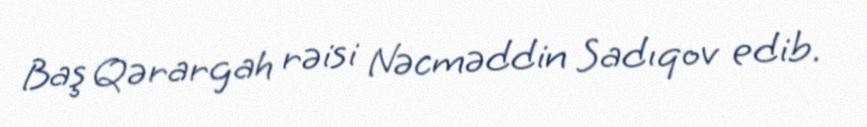
Baş Qərargah rəisi Nəcməddin Sadıqov edib.